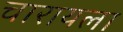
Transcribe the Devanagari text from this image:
चारायला